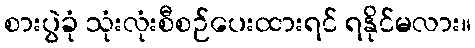
စားပွဲခုံ သုံးလုံးစီစဉ်ပေးထားရင် ရနိုင်မလား။